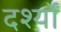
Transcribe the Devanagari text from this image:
दर्श्यों